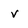
Character: V